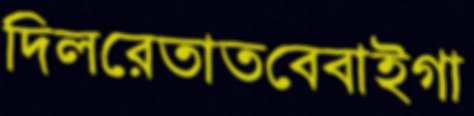
দিলরেতাতবেবাইগা